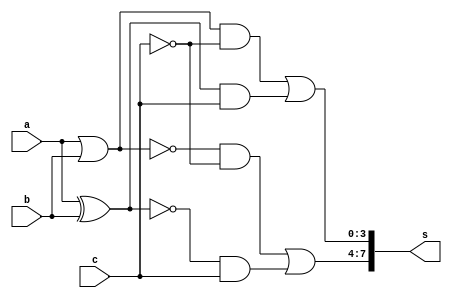
// -------------------------
// Exercicio0034 - Exercicio 4
// Nome: Pedro Henrique Alves M. de Carvalho
// -------------------------

// ------------------------- 
//  f4_gate
// -------------------------
module f4 (output [7:0] s,
				input  [3:0] a,
				input  [3:0] b,
				input  [3:0] c);

// descrever por portas
 assign s [3:0]= (((a | b)& ~c) | ((a ^ b) & c));
 assign s [7:4]= ((~(a | b)) & ~c) | ((~(a ^ b)) & c);
endmodule // f4

module test_f4;
// ------------------------- definir dados
		reg  [3:0] w;
		reg  [3:0] x;
		reg  [3:0] y;
		wire  [7:0] z;

		f4 modulo (z, w, x, y);

// ------------------------- parte principal

	initial begin
		$display("Exercicio0034 - Pedro Henrique Alves M. de Carvalho - 427452"); 
		$display("Test LU's module");

		w = 4'b0011;		x = 4'b0101;		y = 0;
 
	// projetar testes do modulo
	#1 $display("%3b %3b = %3b",w,x,z);

	end

endmodule // test_f4